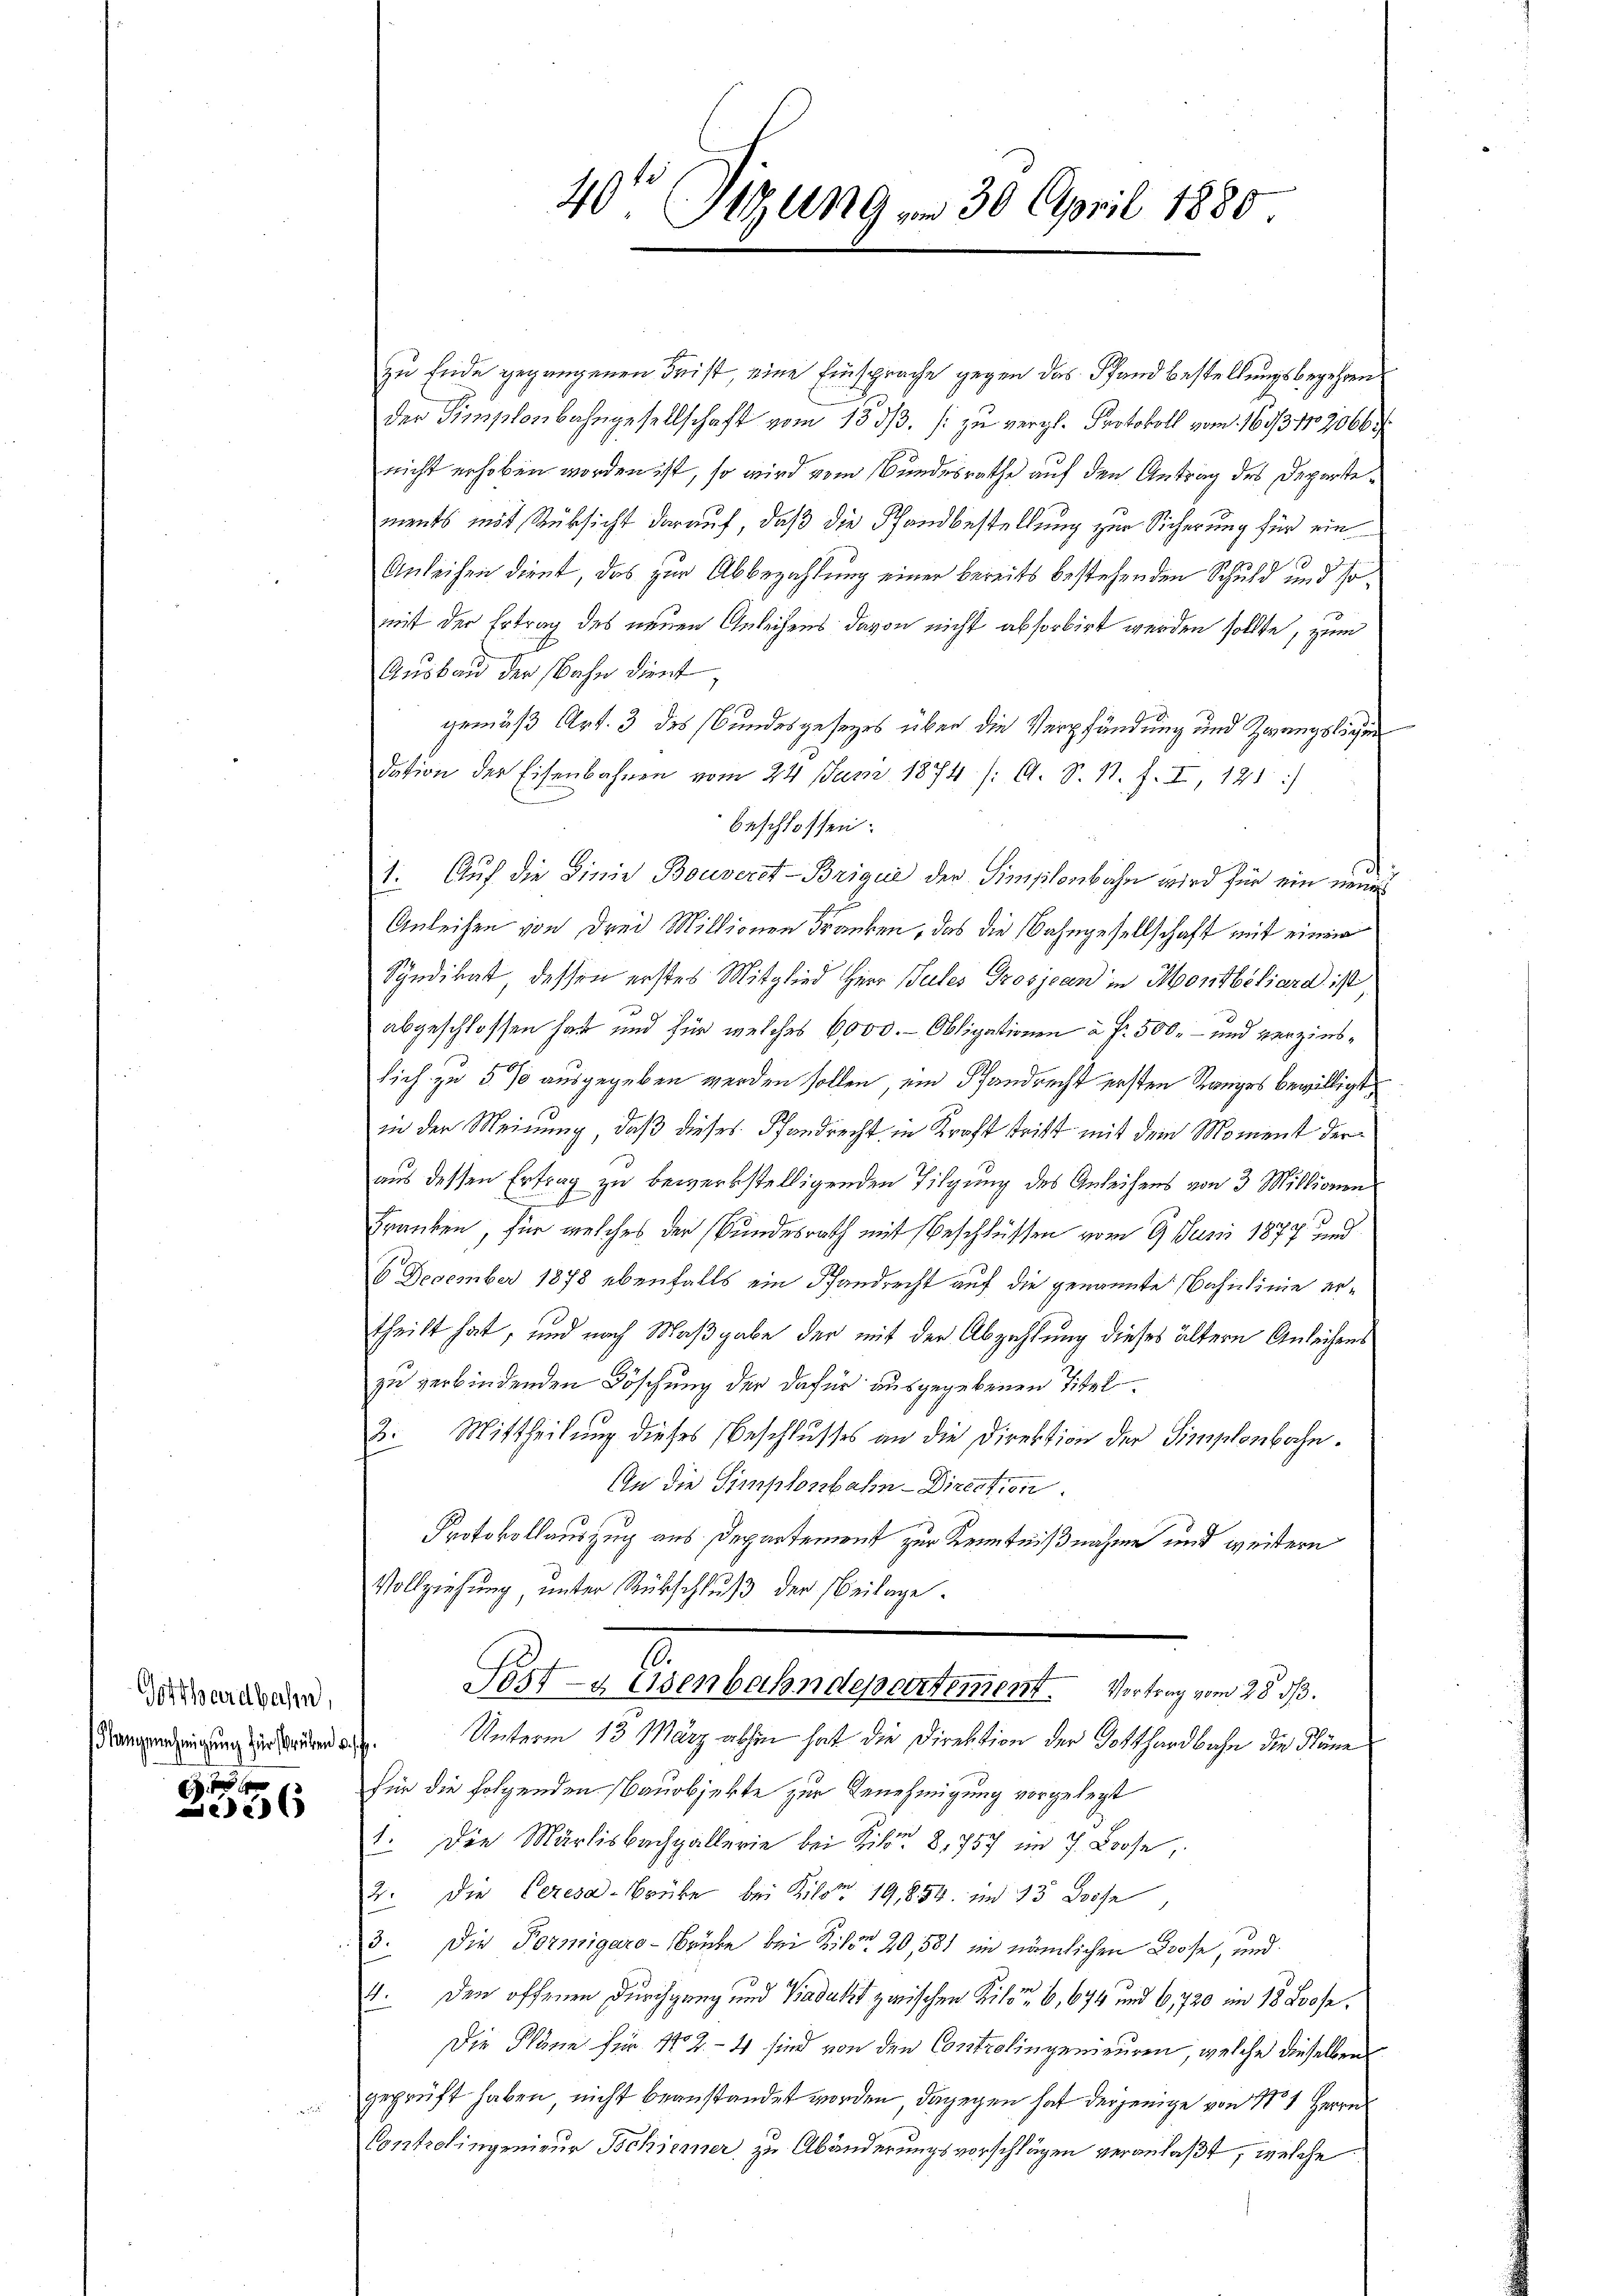
Gotthardbahn,
Klangenehmigung zur Brüken u. sich

xx
e

40te Sitzung am 30. April 1880.

zu Ende gegangenen Frist, eine Einsprache gegen das Pfand bestellungsbegehrens
der Simplenbahngesellschaft vom 133/3. /: zu vergl. Protokoll vom 1. 1633, 172066
nicht erhoben worden ist, so wird vom Bundesrathe auf den Antrag des Departe
ments mit Rücksicht darauf, daß die Pfandbestellung zur Sicherung für ein
Anleihen dient, das zur Abbezahlung einer bereits bestehenden Schuld und somit der Ertrag des neuen Anleihens davon nicht absorbirt werden sollte, zum
Ausbau der Bahn dient
gemäß Art. 3 des Bundesgesezes über die Verpfändung und Zwangsligen
dation der Eisenbahnen vom 24 Juni 1874 /: A. S. N. F. II, 181)
beschlossen:
.
1. Auf die Linie Bouverst-Brique der Simplenbahn wird für ein neues
Anleihen von drei Millionen Franken, das die Bahngesellschaft mit einen
Syndikat dessen erstes Mitglied Herr Sules Grosjean in Montbiliard ist
abgeschlossen hat und für welches 6000. - Obligationen à Fr. 500.- und verzinslich zu 5 % ausgegeben werden sollen, ein Pfandrecht ersten Ranges bewältigt,
in der Meinung, daß dieses Pfandrecht in Kraft tritt mit dem Moment der
aus dessen Ertrag zu bewerkstelligenden Tilgung des Anleihens von 3 Millionen
Franken, für welches der Bundesrath mit Beschlüssen vom 9. Juni 1877 und
6 December 1878 ebenfalls ein Pfandrecht auf die genannte Bahnlinie ertheilt hat, und nach Maßgabe der mit der Abzahlung dieses ältern Anleihens
zu verbindenden Löschung der dafür ausgegebenen Titel.
3. Mittheilung dieses Beschlusses an die Direktion der Simplenbahn.
An die Simplonbahn-Direction.
Protokollauszug aus Departement zur Kenntnißnahme und weitere
Vollziehung, unter Rückschluß der Beilage.
10.
Post- & Eisenbahndepartement. Vortrag vom 28. ds.
Unterm 13. März abhin hat die Direktion der Gotthardbahn die Näne
für die folgenden Bauobjekte zur Genehmigung vorgelegt
1. Die Marlisbachgallerie bei Kilo 8,757 im J. Loose,
" die Ceresa-Brücke bei Kilom 19,854. im 13 Bröse
2
3. Die Formigaro-Brücke bei Kilon 20,581 im nämlichen Boose, und
4. Den offenen Durchgang und Badakt zwischen Kiloo, 6, 674 und 6,720 am 18. Loose,
Die Pläne für 112 - 4 sind von den Controlingenieuren, welche dieselben
geprüft haben nicht beanstandet worden, dagegen hat derjenige von 1 1 Herrn
Controlingenieur Schiener zu Abänderungsvorschlägen veranlaßt, welche